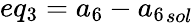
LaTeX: eq_{3}={a_{6}}-{a_{6}}_{sol}